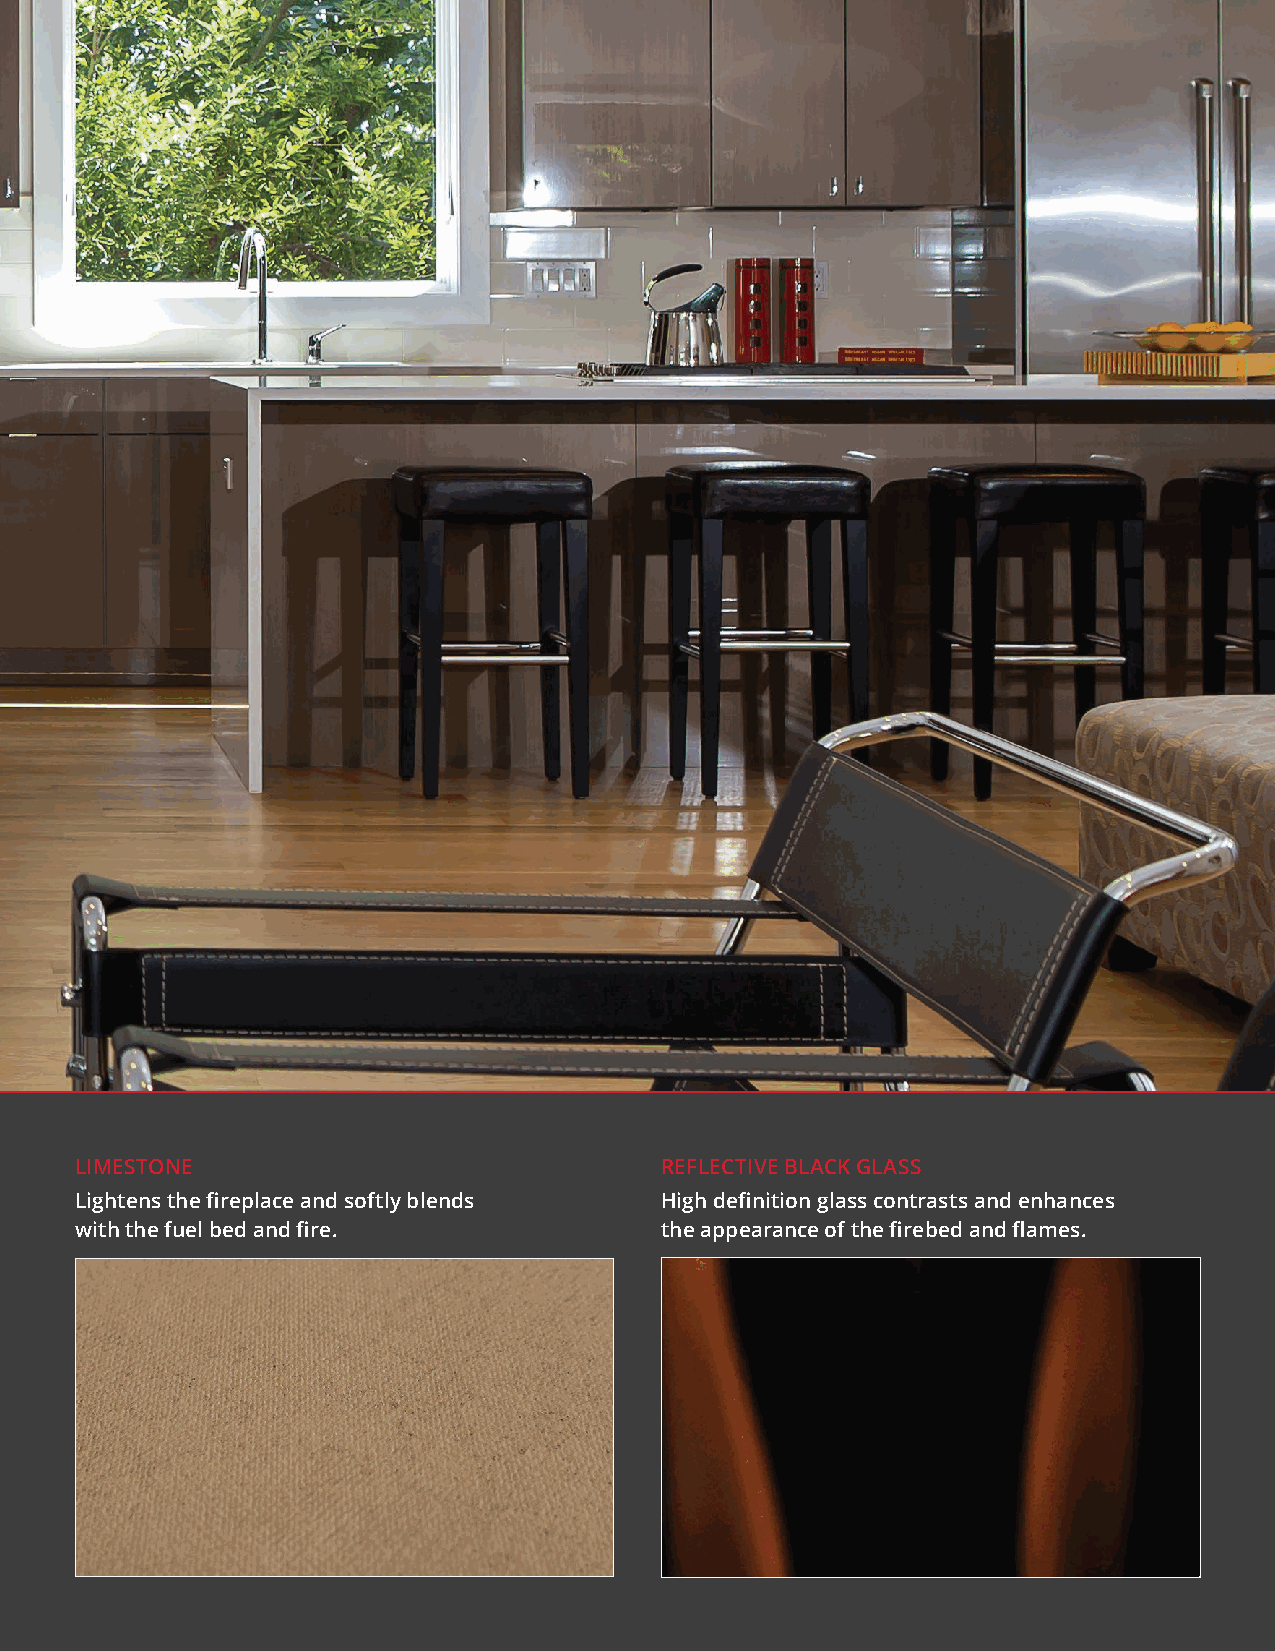
LIMESTONE                              REFLECTIVE BLACK GLASS
 Lightens the fireplace and softly blends High definition glass contrasts and enhances
 with the fuel bed and fire.            the appearance of the firebed and flames.